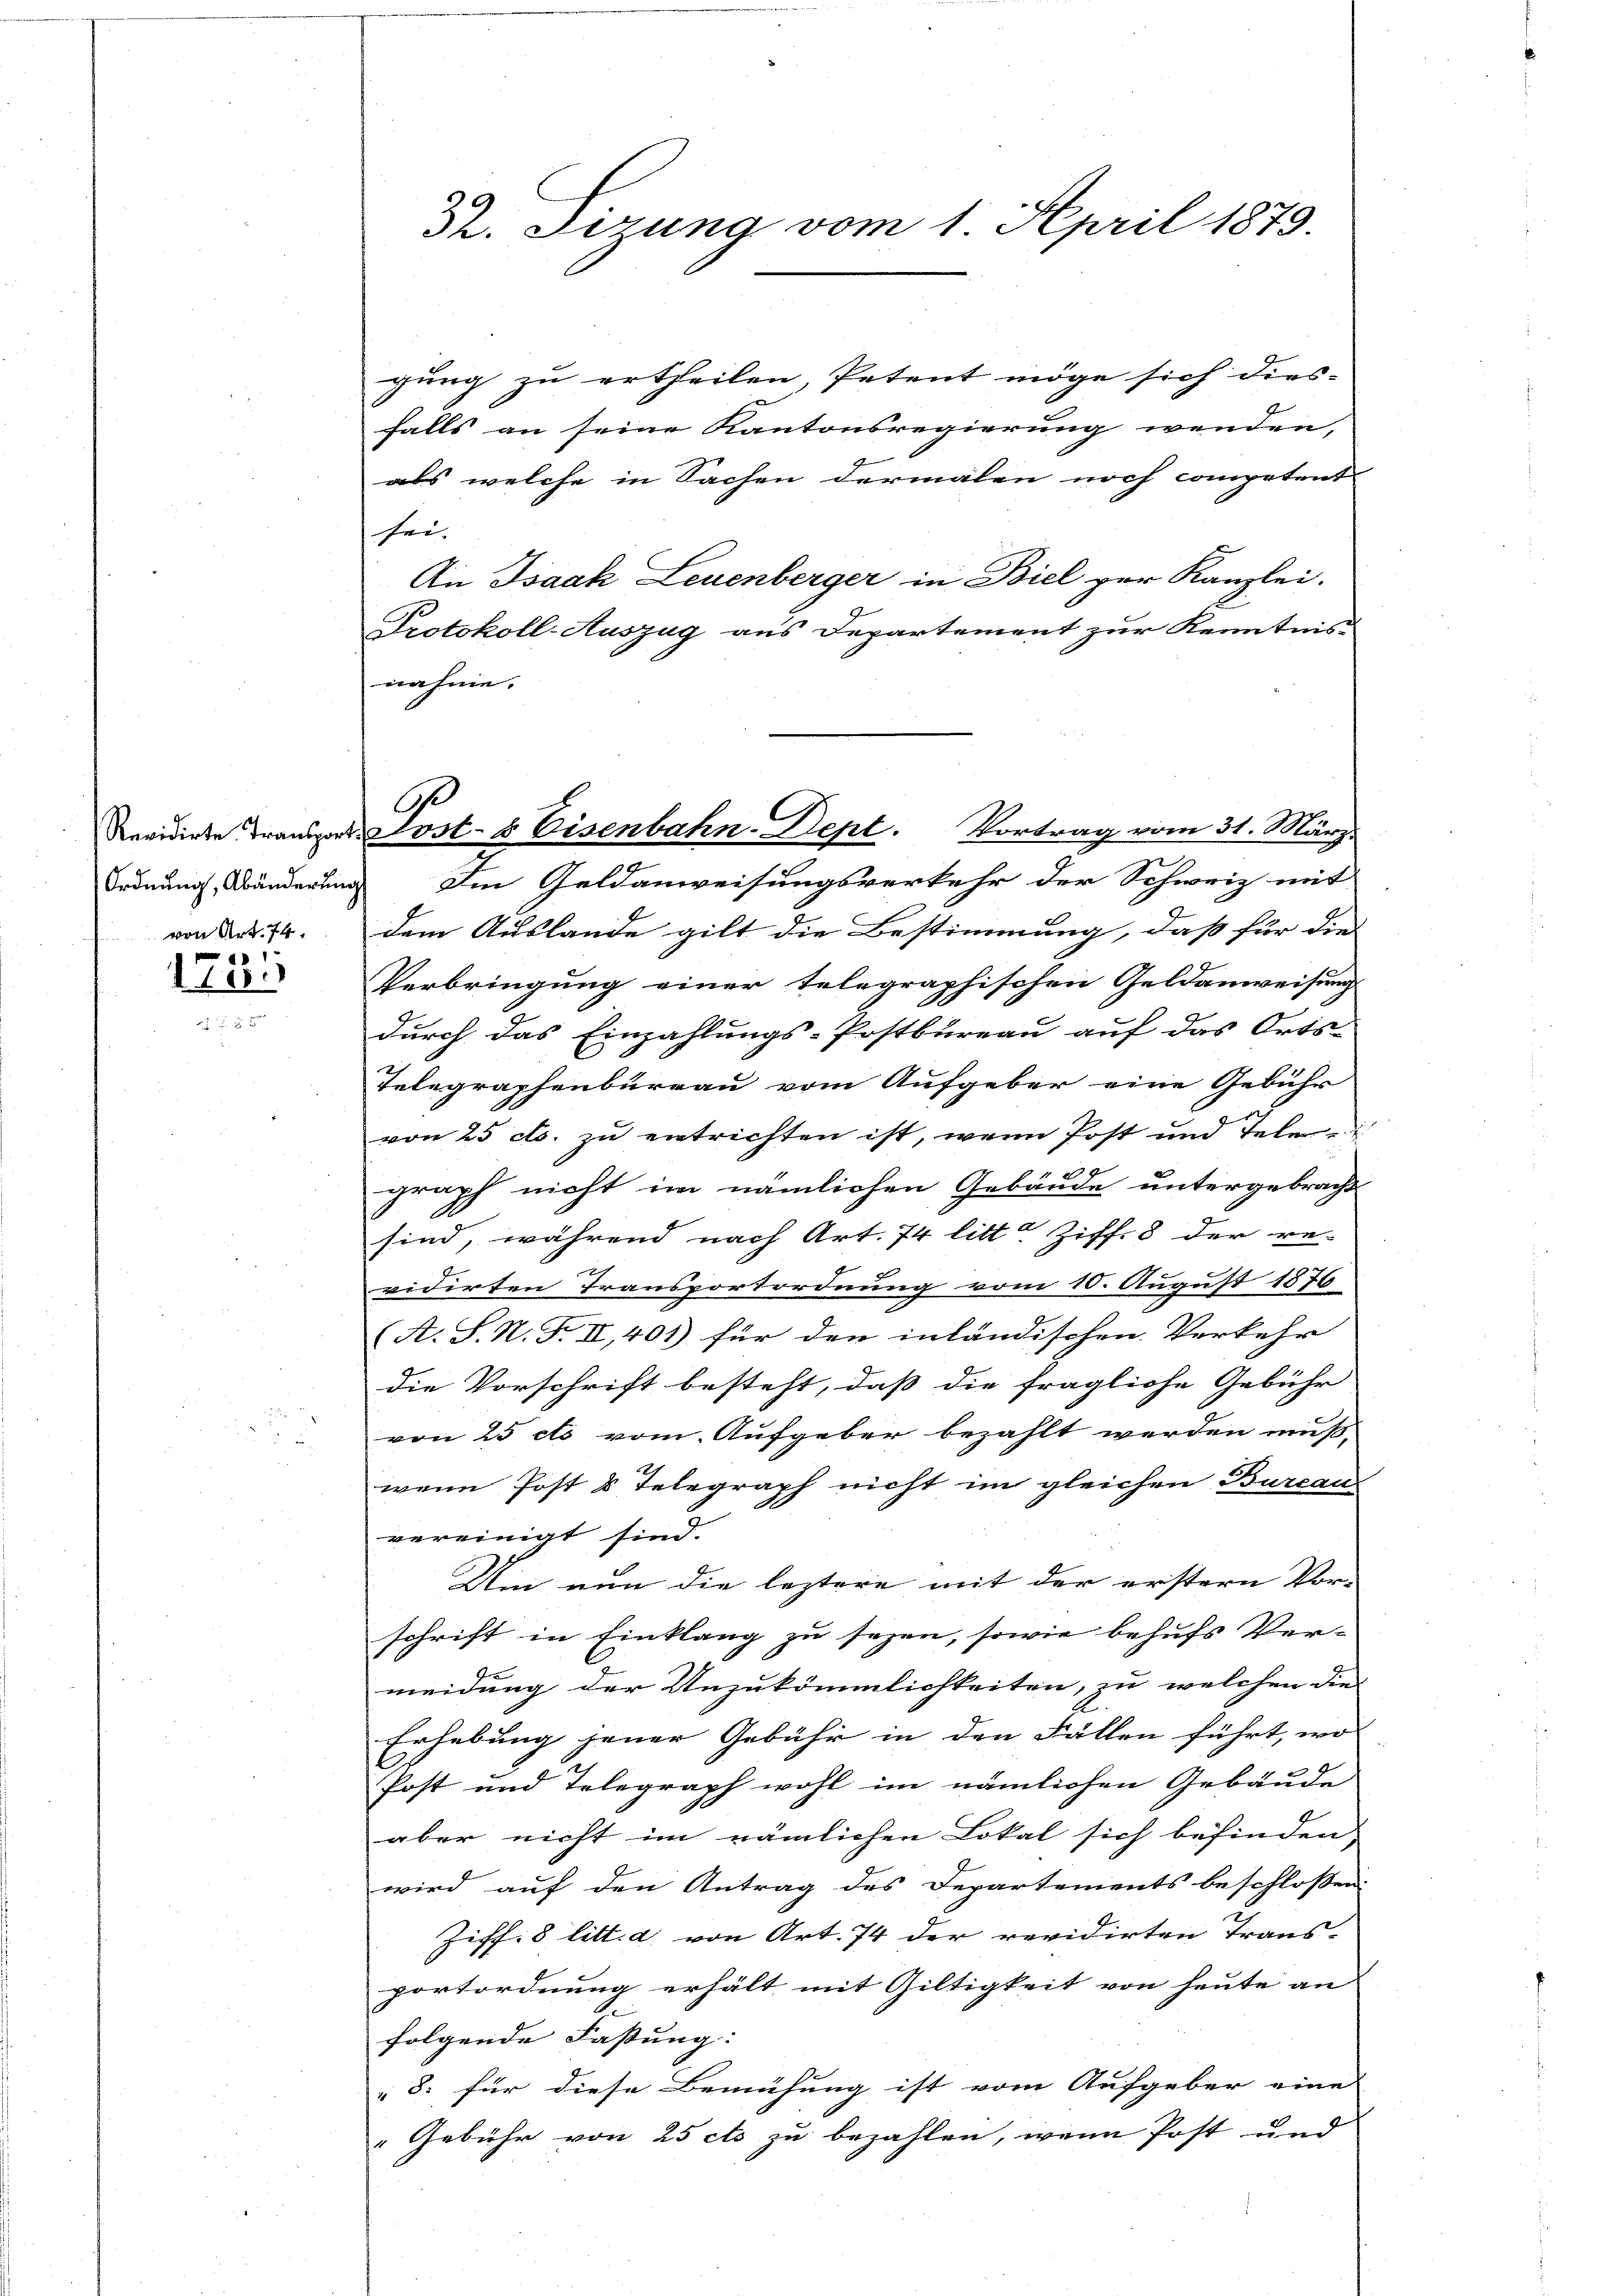
Ordnung, Abänderung
von Art. 74.

1731

Dr. Firung vom 1. April 1873.

gung zu ertheilen, Petent möge sich dies-
falls an seine Kantonsregierung wenden,
als welche in Sachen dermalen noch competent
sei.
An Isaak Leuenberger in Biel zur Kanzlei.
Protokoll-Auszug aus Departement zur Kenntnis
nahme.

Im Geldanweisungsverkehr der Schweiz mit
dem Auslande gilt die Bestimmung, daß für die
Verbringung einer telegraphischen Geldanweisung
durch das Einzahlungs-Postbureau auf das Orts-
Telegraphenbureau vom Aufgeber eine Gebühr
von 25 cts. zu entrichten ist, wenn Post und Telegraph nicht im nämlichen Gebäude untergebracht
sind, während nach Art. 74 litt. Ziff. 8 der re-
x
vidirten Transportordnung vom 10. August 1876
(A. S. N. F. II, 401) für den inländischen Verkehr |
die Vorschrift besteht, daß die fragliche Gebühr
von 25 ets vom Aufgeber bezahlt werden muß-
wenn Post & Telegraph nicht im gleichen Burcau-
vereinigt sind.
Um nun die leztere mit der erstern Vor-
schrift in Einklang zu sezen, sowie behufs Vermeidung der Unzukömmlichkeiten, zu welchen die
Erhebung jener Gebühr in den Fällen führt, wo |
Post und Telegraph wohl im nämlichen Gebäude
aber nicht im nämlichen Lokal sich befinden,
wird auf den Antrag des Departements beschlossen:
Ziff. 8 litt. d von Art. 74 der revidirten Trans-
portordnung erhält mit Giltigkeit von heute an
folgende Fassung:
8. für diese Bemühung ist vom Aufgeber eine
" Gebühr von 25 ets zu bezahlen, wenn Post und

O
C
Revidierte Frau Sost- & Eisenbahn-Dept. Vortrag vom 31. März.